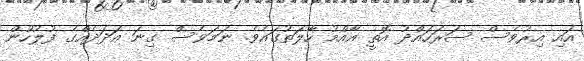
އައި އިރުވެސް ސަރަހައްދު އޮތީ އާއްމު ހާލަތުގައެވެ. ނަމަވެސް ގިނަ އަދަދެއްގެ ފުލުހުން